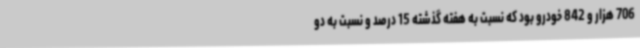
706 هزار و 842 خودرو بود که نسبت به هفته گذشته 15 درصد و نسبت به دو